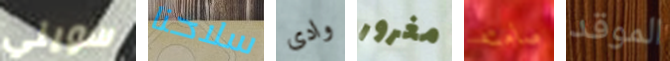
سويني سلاحنا وادى مغرور صامته الموقد